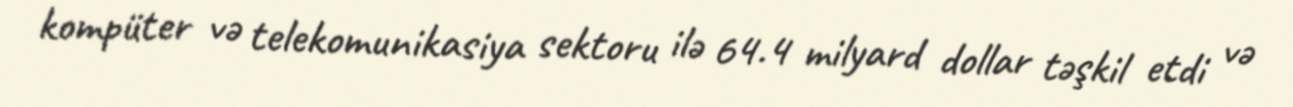
kompüter və telekomunikasiya sektoru ilə 64.4 milyard dollar təşkil etdi və